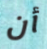
أن